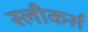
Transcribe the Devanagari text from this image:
स्लीकर्स